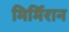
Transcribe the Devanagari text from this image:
मिर्मिरान